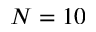
N = 1 0